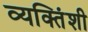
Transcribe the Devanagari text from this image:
व्यक्तिंशी